system: You are a helpful assistant.
user:
Analyze the provided spectrum to determine if it is a **S-type Star**.

- **Key Indicators for S-type Star:**

    - **(Overall Spectrum Shape):** The first and most obvious characteristic is the overall continuum (the "baseline" shape). It is **extremely "red-sloping,"** meaning the flux (light intensity) is very low on the left side (blue, ~4000-4500 Å) and rises steeply and continuously toward the right side (red, ~7000 Å+).

    - **(Primary):** The spectrum is defined by the presence of strong, broad molecular absorption "valleys" (bands) from **Zirconium Oxide (ZrO)**. The identification of these bands is the **primary requirement** for classifying a star as S-type.
        - **(Key Bandheads):** You must find distinct, deep "dips" where the light has been absorbed. The most critical band systems to locate are:
            - **~6474 Å** ($\gamma$-system): This is often the strongest and clearest ZrO feature, found in the red part of the spectrum.
            - **~5718 Å** & **~5551 Å** ($\beta$-system): A pair of prominent absorption features in the yellow-orange part of the spectrum.
            - **~4640 Å** ($\alpha$-system): A key absorption band system in the blue-green region of the spectrum.

    - **(Secondary Confirmation):** The classification is strengthened by finding additional absorption bands from other related heavy element oxides, which are expected to be present alongside ZrO.
        - **(Key Bandheads):**
            - **Yttrium Oxide (YO):** Look for absorption dips near **~4800 Å** and **~6100 Å**.
            - **Lanthanum Oxide (LaO):** Additional absorption features, particularly in the red-orange part of the spectrum, are also characteristic.

    - **(Line Profile):** The combination of the steep red continuum and these numerous, deep molecular bands (ZrO, YO, etc.) gives the entire spectrum a very **"chopped-up"** or **"bumpy"** appearance. Instead of a smooth curve, the spectrum looks as though large, wide chunks of light have been "carved out" of it at the specific wavelengths listed above.

Think first, call **spectral_visualization_tool** if needed to examine features in detail, then provide your final answer. Your response must adhere to the following strict rules:
1.  **Overall Structure:** Your response must follow the format `<think>...</think> <tool_call>...</tool_call> (if a tool is used) <answer>...</answer>`.
2.  **Tool Usage Constraint:** You may only make **one** tool call per turn.
3.  **Final Answer Format:** In the `<answer>` tag, your conclusion must be inside a `\boxed{}` command (e.g., `\boxed{YES}` or `\boxed{NO}`), followed by your justification.

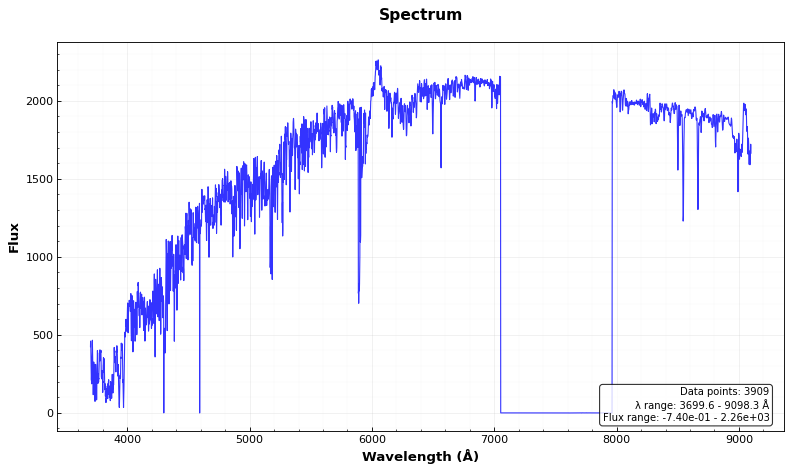
Answer: NO